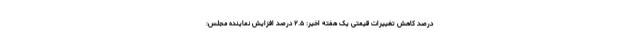
درصد کاهش تغییرات قیمتی یک هفته اخیر: ۲.۵ درصد افزایش نماینده مجلس: